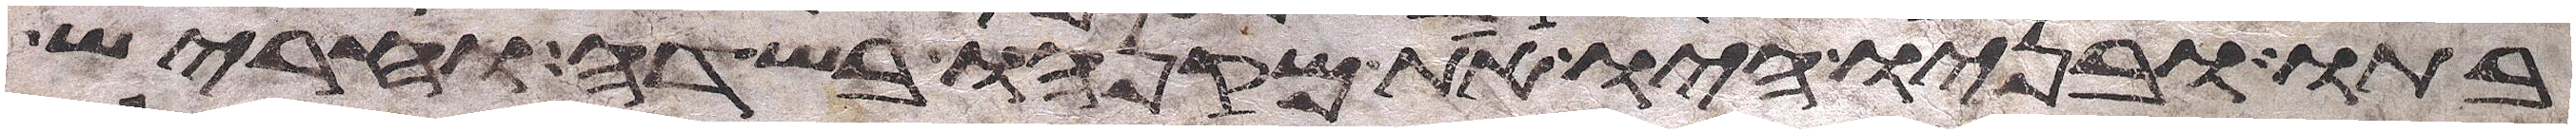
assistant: בתו ובניו היו את מקנהו בשדה וחריש